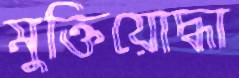
মুক্তিয়োদ্ধা